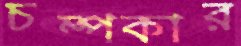
চম্পকার